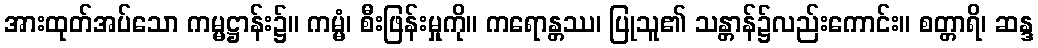
အားထုတ်အပ်သော ကမ္မဋ္ဌာန်း၌။ ကမ္မံ၊ စီးဖြန်းမှုကို။ ကရောန္တဿ၊ ပြုသူ၏ သန္တာန်၌လည်းကောင်း။ စတ္တာရိ၊ ဆန္ဒ